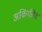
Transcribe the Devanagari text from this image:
अकिंफीव